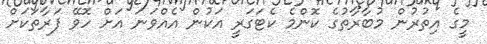
މީގެ އިތުރުން މުބާރާތުގެ ކޮންމެ ކެޓަގަރީ އަކުން އެއްވަނަ އަށް ހޮވޭ ފަރާތަކަށް